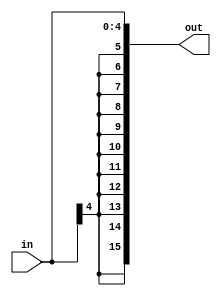
module sign_extend_5b(in, out);

	input  [4:0]  in;
	output [15:0] out;

	assign out[4:0] = in;
	assign out[15:5] = {11{in[4]}};

endmodule